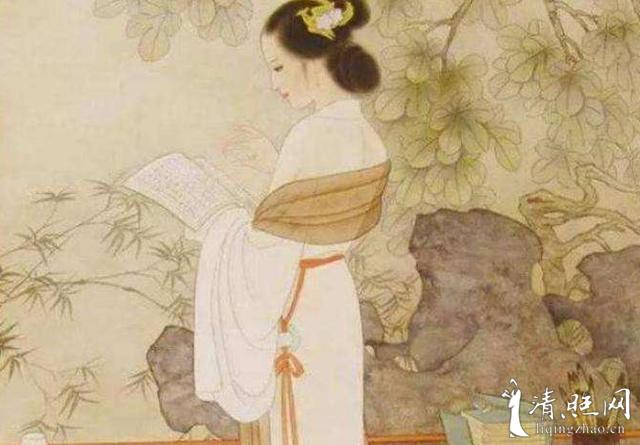
不怕风狂雨骤，恰才称，煮酒笺花。